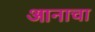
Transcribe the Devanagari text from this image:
आनाचा